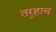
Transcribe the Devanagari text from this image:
तर्‍हाच